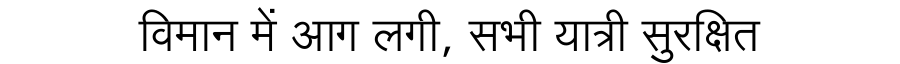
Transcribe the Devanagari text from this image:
विमान में आग लगी, सभी यात्री सुरक्षित